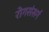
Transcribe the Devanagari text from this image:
रोगसंसर्ग